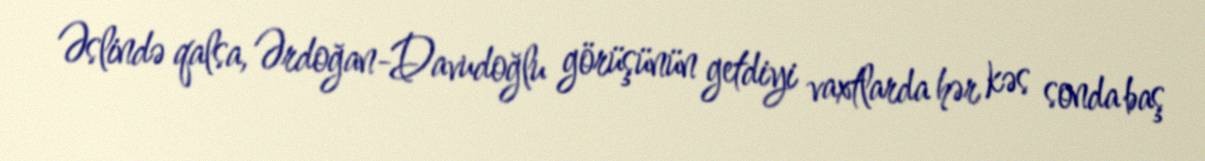
Əslində qalsa, Ərdoğan-Davudoğlu görüşünün getdiyi vaxtlarda hər kəs sonda baş